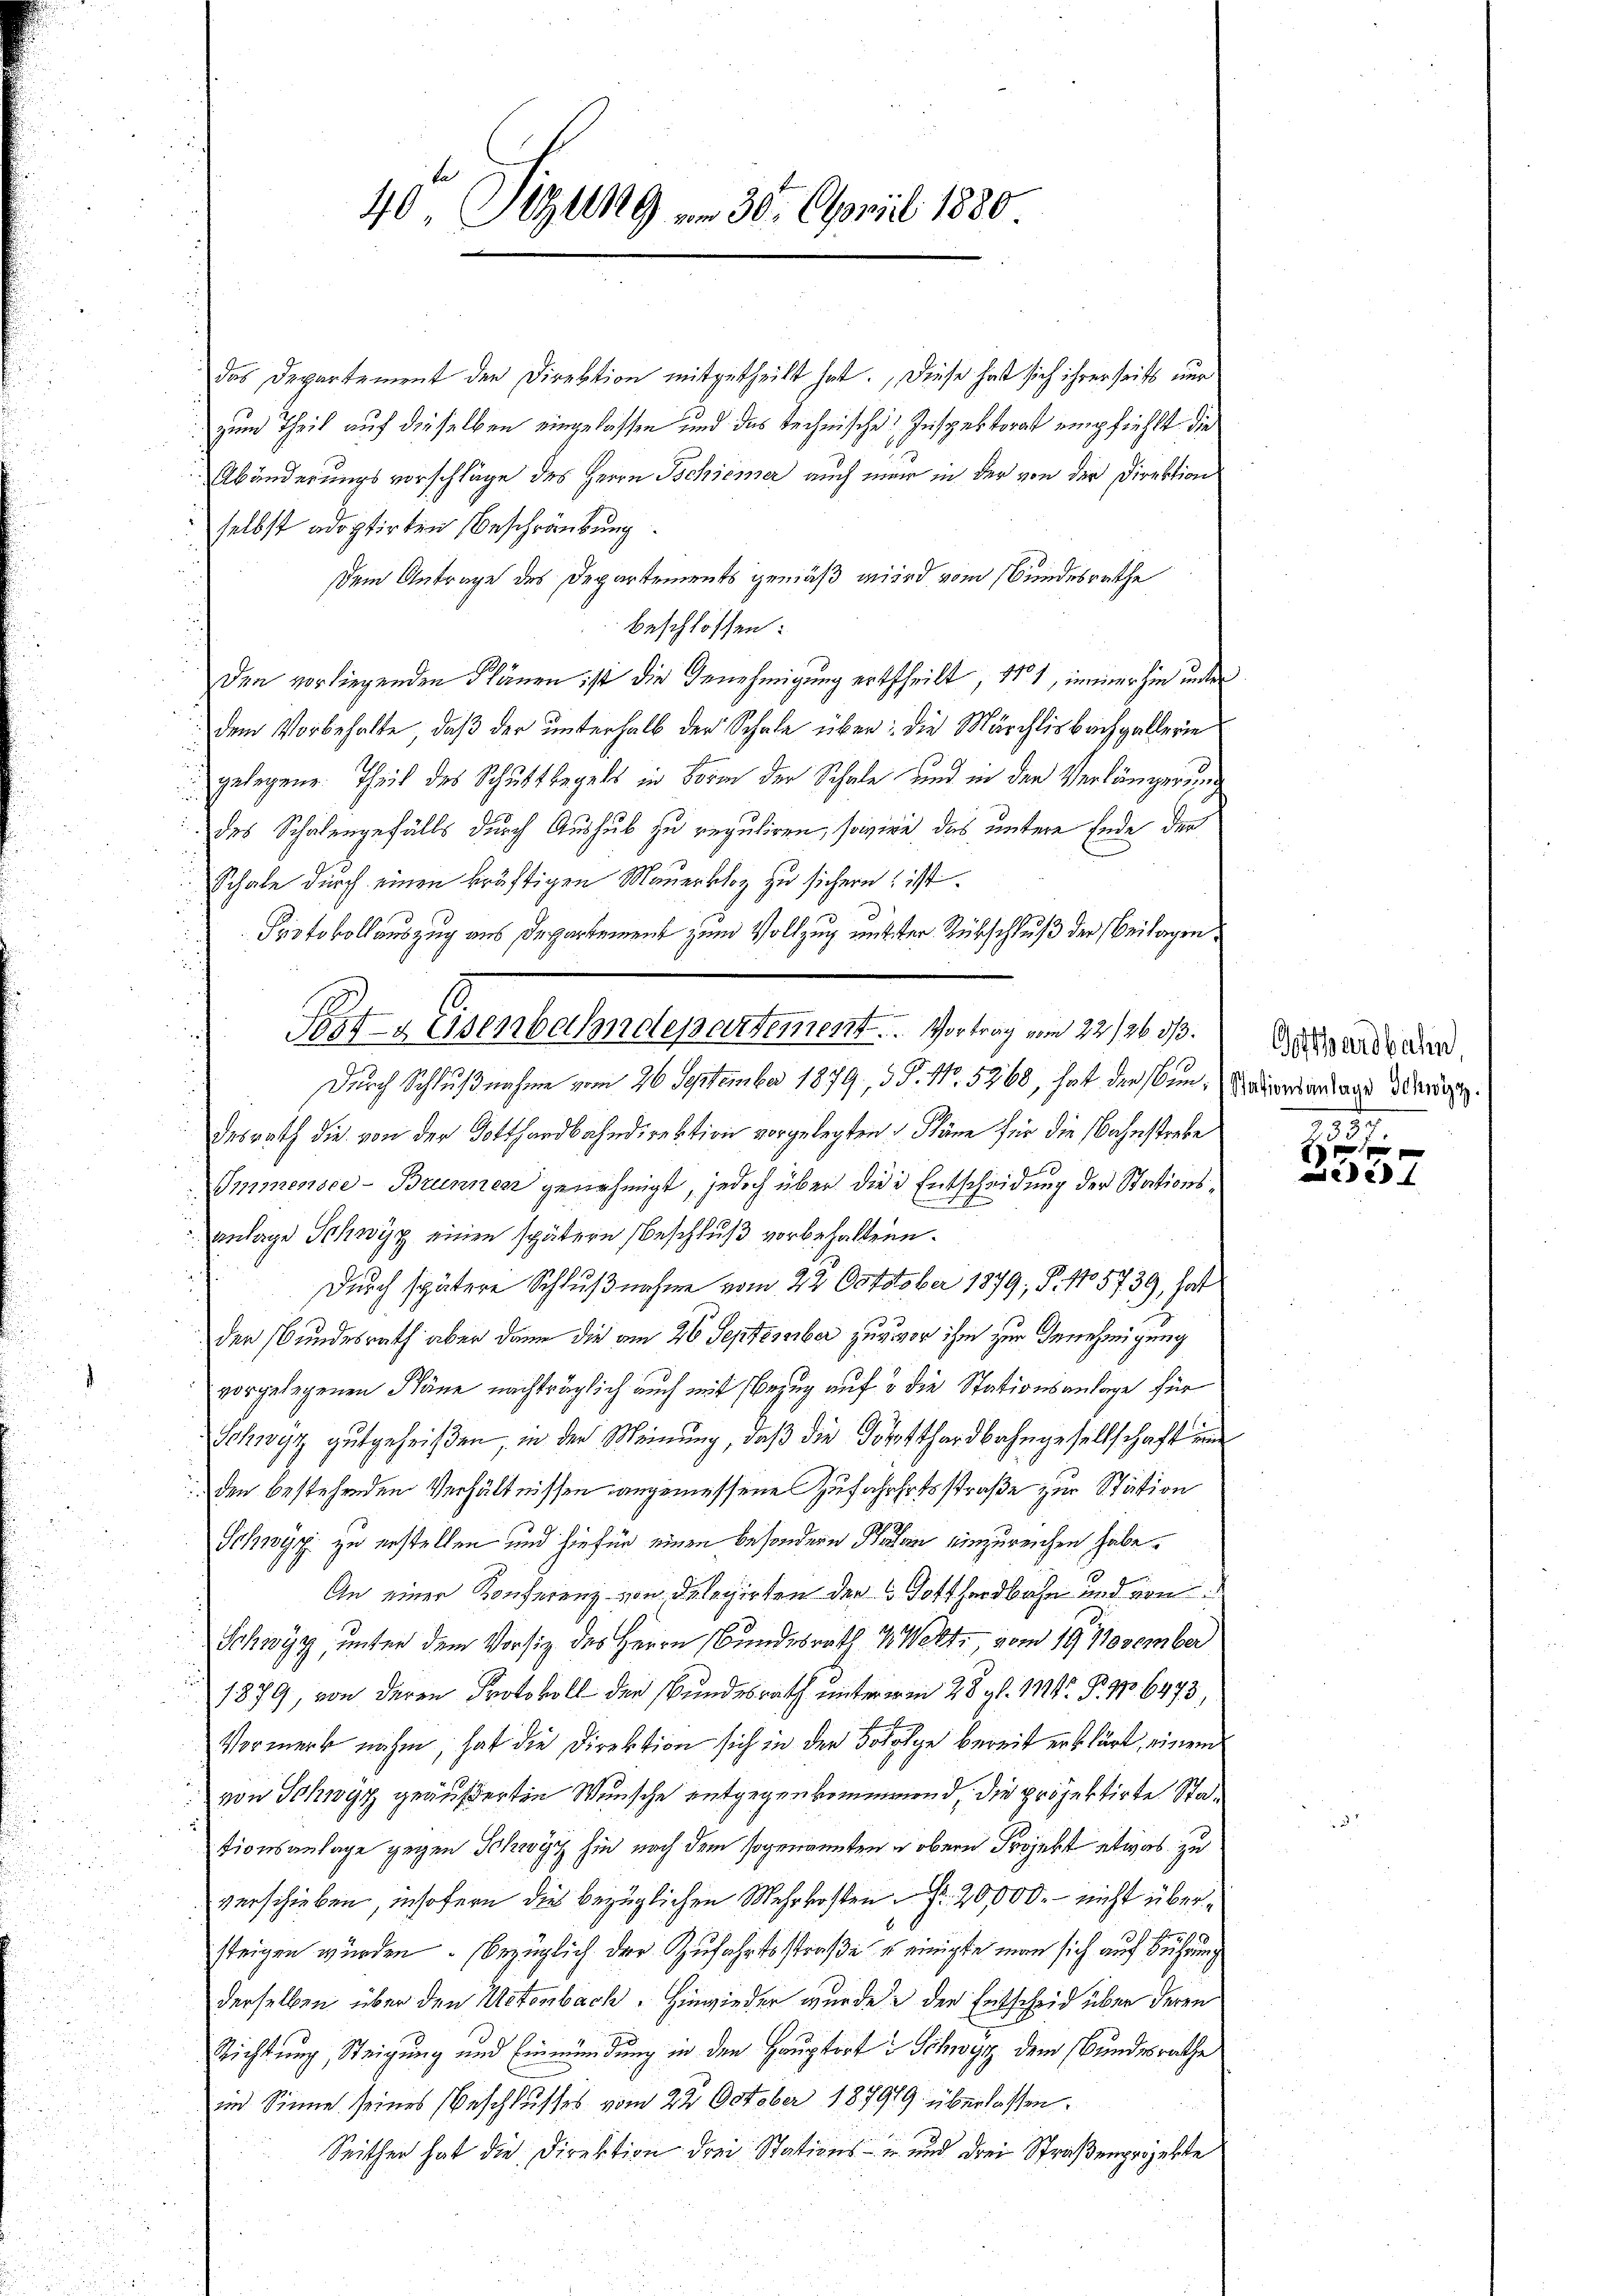
40 Sizung am 30. April 1880

das Departement der Direktion mitgetheilt hat. Diese hat sich ihrerseits nur
zum Theil auf dieselben eingelassen und das technische Inspektorat empfiehlt die
Abänderungsvorschläge des Herrn Tschiener auch mir in der von der Direktion
selbst adoptirten Beschränkung
Dem Antrage des Departements gemäß wird vom Bundesrathe
beschlossen:
den vorliegenden Plänen ist die Genehmigung ertheilt, 181, immerhin unter
dem Vorbehalte, daß der unterhalb der Schale über: die Märchlisbachgallerie
gelegene Theil des Schutt begelt in Bern der Schale und in den Verlängerung
des Schalengefälls durch Aushub zu reguliren, sowie das untere Ende den
Schale durch einen kräftigen Mauerkloz zu sichern, ist.
Protokollauszug aus Departement zum Vollzug nütter Rückschluß der Beilagen
desrath die von der Gotthardbahndirektion vorgelegten Pläne für die Bahnstreke
Immensce-Brunnen genehmigt, jedoch über die Entscheidung der Stations¬
Anlage Schwyz einen spätere Beschluß vorbehaltene
Durch spätere Schlußnahme vom 22. October 1879; P. No 5739, hat
der Bundesrath aber dann die am 26 September zuvor ihm zur Genehmigung
vorgelegenen Käne nachträglich auch mit Bezug auf 3 die Stationsanlage für
Schwyz gutgeheißen, in der Meinung, daß die Gotthardbahngesellschaft und
den bestehenden Verhältnissen angemessene Zufahrhofsstraße zur Station
Schwyz zu erstellen und hiefür einen besondern Palan einzureichen habe.
An einer Konferenz von Delegirten der Gotthardbahn und von
Schwyz, unter dem Vorsitz des Herrn Bundesrath 1 Welti, vom 19. November
1879, von deren Protokoll der Bundesrath untererm 28. gl. M. P. Nr. 6473,
Vormerk nahm, hat die Direktion sich in der Foholge bereit erklärt, einem
von Schwyz geäußerten Wünsche entgegenkommenend, die projektirte Stationsanlage gegen Schwyz hin nach dem sogenannten u obern Projekt etwas zu
verschieben, insofern dies bezüglichen Mehrkosten 20,000. - nicht über¬
19. A
29
steigen wurden. (bezüglich der Zufahrtsstraße u einigte man sich auf Bührung
derselben über den Actenbach. Hinwieder wurde der Entscheid über deren
Richtung, Steigung und Einmündung in den Hauptort in Schwyz dem Bundesrathe
im Sinne seines Beschlusses vom 22. October 18799 überlassen.
Seither hat die Direktion drei Stations- und drei Straßenprojekte

Festgesenbahndepartement.  ..  Vortrag vom 22/26. 333.
Durch Schlußnahme vom 26. September 1879, d. d. No. 5368, hat diesen, dienstandtage Minden.

Gotthardbahn
357.

f xx
ede